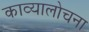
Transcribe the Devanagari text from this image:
काव्यालोचना